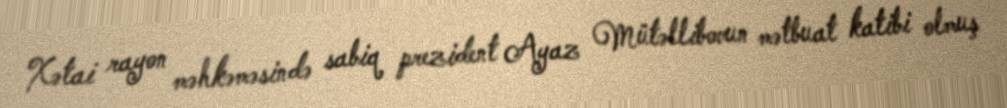
Xətai rayon məhkəməsində sabiq prezident Ayaz Mütəllibovun mətbuat katibi olmuş